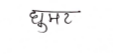
मजकूर: घुमर